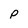
Character: p